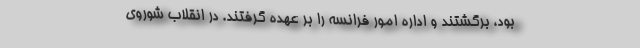
بود، برگشتند و اداره امور فرانسه را بر عهده گرفتند. در انقلاب شوروی